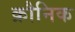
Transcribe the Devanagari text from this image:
क्रौनिक